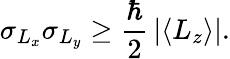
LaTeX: \sigma_{L_{x}}\sigma_{L_{y}}\geq{\frac{\hbar}{2}}\left|\langle L_{z}\rangle\right|.